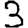
Digit: 3